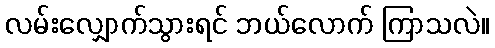
လမ်းလျှောက်သွားရင် ဘယ်လောက် ကြာသလဲ။